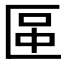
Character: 𠥅